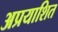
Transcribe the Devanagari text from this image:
अप्रयाशित